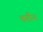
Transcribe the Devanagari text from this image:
तरौन